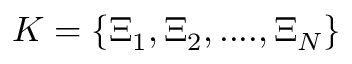
K = \{ \Xi _ { 1 } , \Xi _ { 2 } , . . . . , \Xi _ { N } \}